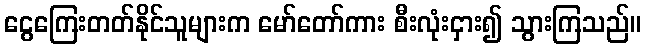
ငွေကြေးတတ်နိုင်သူများက မော်တော်ကား စီးလုံးငှား၍ သွားကြသည်။